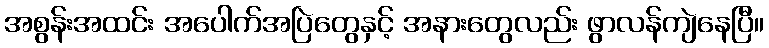
အစွန်းအထင်း အပေါက်အပြဲတွေနှင့် အနားတွေလည်း ဖွာလန်ကျဲနေပြီ။